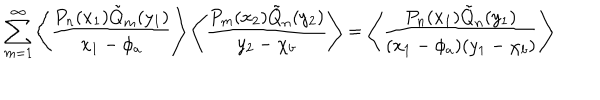
\sum _ { m = 1 } ^ { \infty } \left\langle \frac { P _ { n } ( x _ { 1 } ) \tilde { Q } _ { m } ( y _ { 1 } ) } { x _ { 1 } - \phi _ { a } } \right\rangle \left\langle \frac { P _ { m } ( x _ { 2 } ) \tilde { Q } _ { n } ( y _ { 2 } ) } { y _ { 2 } - \chi _ { b } } \right\rangle = \left\langle \frac { P _ { n } ( x _ { 1 } ) \tilde { Q } _ { n } ( y _ { 1 } ) } { ( x _ { 1 } - \phi _ { a } ) ( y _ { 1 } - \chi _ { b } ) } \right\rangle